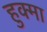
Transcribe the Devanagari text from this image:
हुक्मा